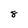
Character: 8